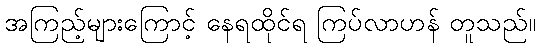
အကြည့်များကြောင့် နေရထိုင်ရ ကြပ်လာဟန် တူသည်။